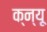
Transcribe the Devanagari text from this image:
क्न्यू